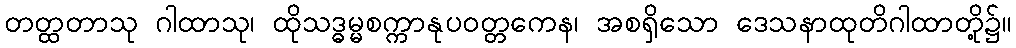
တတ္ထတာသု ဂါထာသု၊ ထိုသဒ္ဓမ္မစက္ကာနုပဝတ္တကေန၊ အစရှိသော ဒေသနာထုတိဂါထာတို့၌။